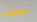
سرقته